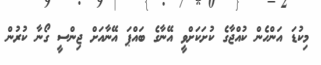
މިކުޑަ އަންހެން ކުއްޖާގެ ކުށަކަށްވީ އޭނާގެ ބައްޕަ އޭނާއަށް ޖިންސީ ގޯނާ ކުރުން